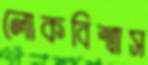
লোকবিশ্বাস